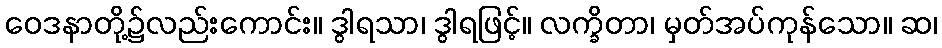
ဝေဒနာတို့၌လည်းကောင်း။ ဒွါရသာ၊ ဒွါရဖြင့်။ လက္ခိတာ၊ မှတ်အပ်ကုန်သော။ ဆ၊